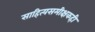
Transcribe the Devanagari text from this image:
साहित्यसमीक्षकही